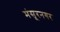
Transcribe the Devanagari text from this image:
मंसूरनगर